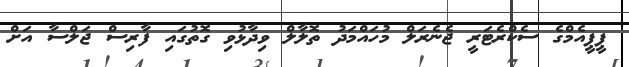
ޕީޕީއެމްގެ ސެކްރެޓަރީ ޖެނެރަލް މުހައްމަދު ތޮލާލް ވިދާޅުވި ގޮތުގައި ފާރިސް ޖަލްސާ އަށް